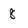
Character: 8